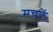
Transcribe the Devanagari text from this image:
मचलें